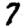
Digit: 7